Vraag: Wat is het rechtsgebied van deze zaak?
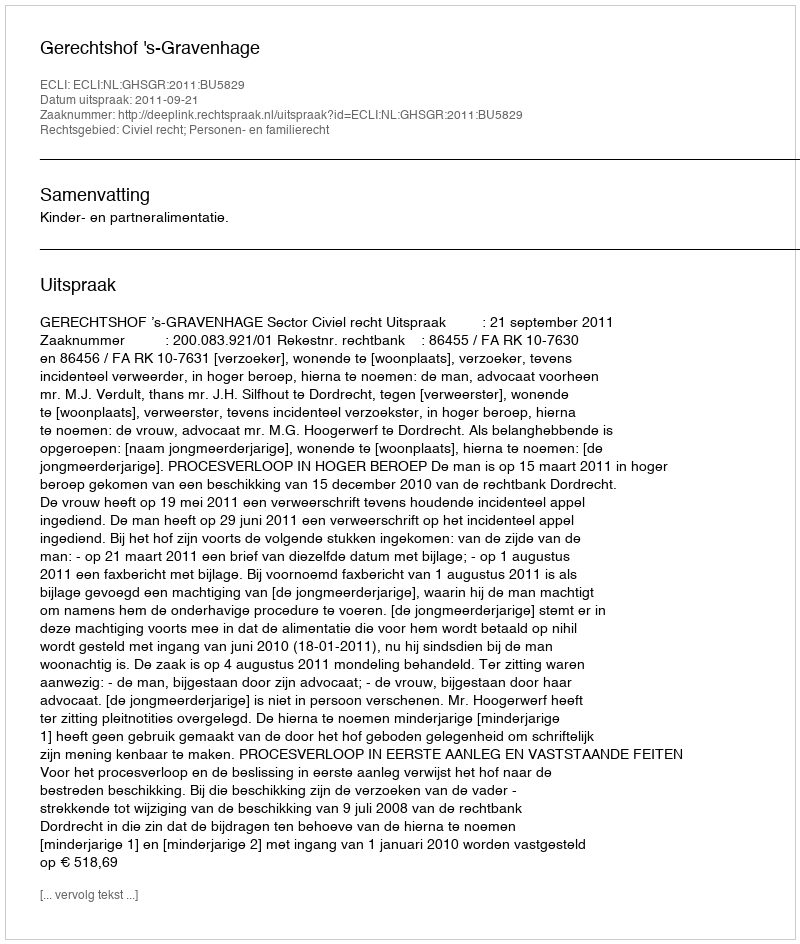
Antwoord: Civiel recht; Personen- en familierecht